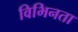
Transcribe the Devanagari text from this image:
विभिनता